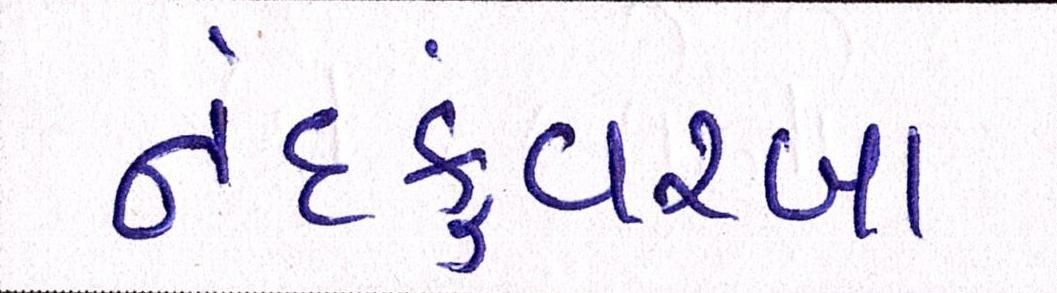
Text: નંદકુંવરબા